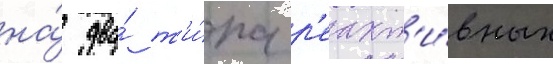
на́ два́ т'и́па р'еакт'и́вных